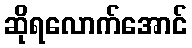
ဆိုရလောက်အောင်